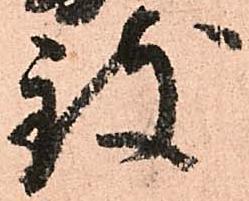
致